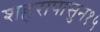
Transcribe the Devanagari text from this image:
शहरापासुन१५